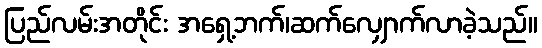
ပြည်လမ်းအတိုင်း အရှေ့ဘက်၊ဆက်လျှောက်လာခဲ့သည်။